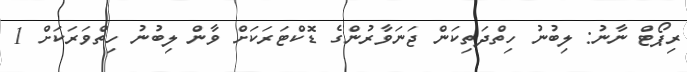
ރިޕޯޓް ނާނު: ލިބުނު ހިތްދަތިކަން ޖަނަވާރުންގެ ޑޮކްޓަރަކަށް ވާން ލިބުނު ހިތްވަަރަކަށް 1